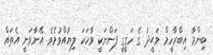
ބިންމާ އިބްރާހީމް ވަޙީދު ގެ ހަގީގީ ފަންނަކީ ވާހަކަ ލިޔުއްވުމެވެ. އޭނާވަނީ އެތައް